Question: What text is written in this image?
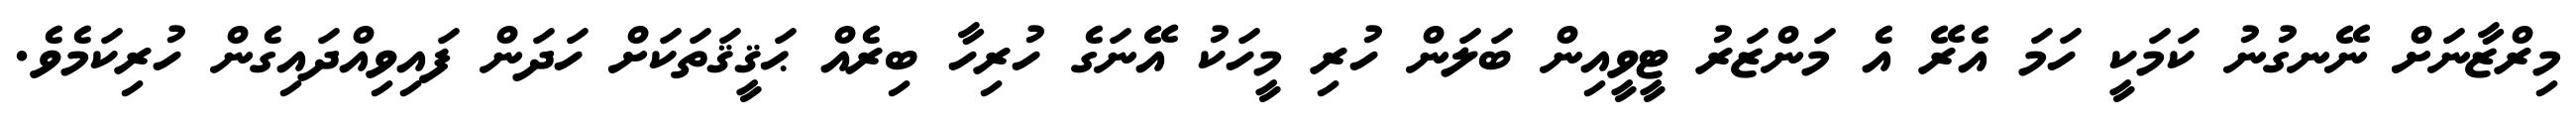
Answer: މިރްޒާނަށް ނޭނގުނު ކަމަކީ ހަމަ އެރޭ އެ މަންޒަރު ޓީވީއިން ބަލަން ހުރި މީހަކު އޭނަގެ ހުރިހާ ބިރެއް ޙަޤީޤަތަކަށް ހަދަން ފައިވިއްދައިގެން ހުރިކަމެވެ.